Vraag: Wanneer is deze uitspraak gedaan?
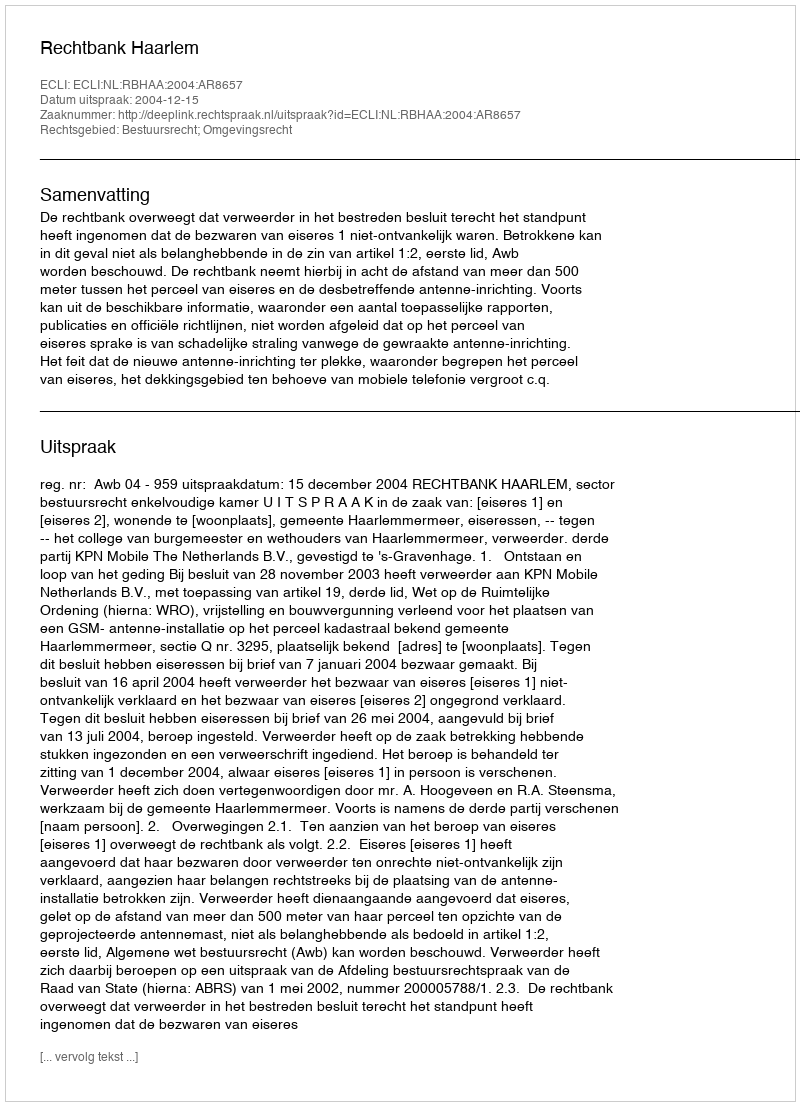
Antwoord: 2004-12-15